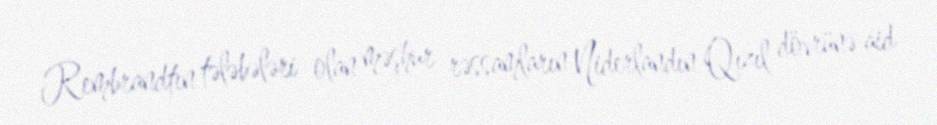
Rembrandtın tələbələri olan məşhur rəssamların Niderlandın Qızıl dövrünə aid